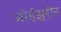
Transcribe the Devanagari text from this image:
मोईझुद्दीन